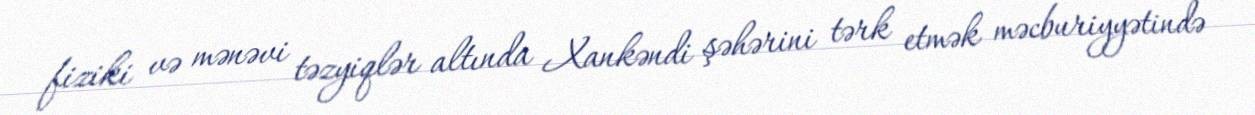
fiziki və mənəvi təzyiqlər altında Xankəndi şəhərini tərk etmək məcburiyyətində